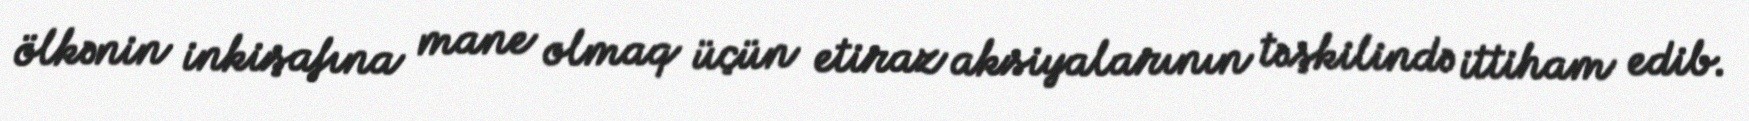
ölkənin inkişafına mane olmaq üçün etiraz aksiyalarının təşkilində ittiham edib.